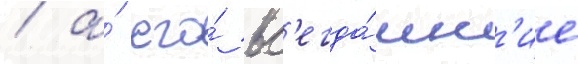
/ а́ его́ вс'егда́шн'ие